Civil Veterinary Department Bihar reports 1940-50 - 1940-1950
Year: 1940
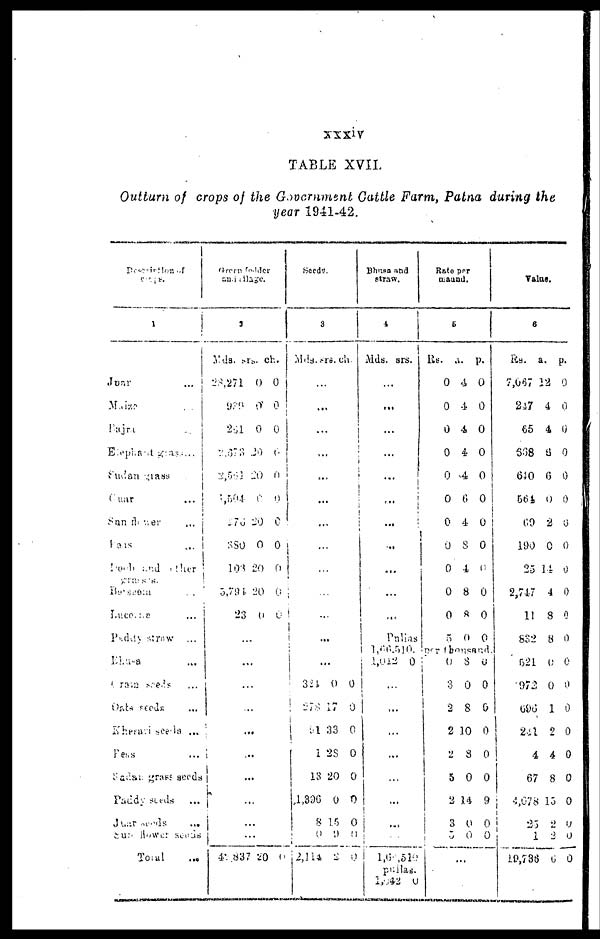
TABLE XVII.
Outturn of crops of the Government Cattle Farm, Patna during the
year 1941-42.
Description of
crops.
1
Joar
...
Maize ...
Bajra ...
Elephant
grass
...
Sudan grass
Cuar ...
Sun der ...
Peas ...
Doab and other
praesis
Baiseem ...
Lucense ...
Paddy strow
...
Bhura ...
Grain seeds ...
Oats seeds ...
Khesavi seeds ...
Peas ...
Sadan grass seeds
Paddy seeds ...
Juar seeds ...
Sun flower seeds
Total ...
Green fodder
and silage
2
Mds.
28,271
939
261
2,673
2,561
1,504
276
380
103
5,794
23
srs.
0
0
0
20
20
0
20
0
20
20
0
ch.
0
0
0
6
0
0
0
0
0
0
0
...
...
...
...
...
...
...
...
...
...
42,837 20 0
Seeds.
3
Mds. srs. ch.
...
...
...
...
...
...
...
...
...
...
...
...
...
321
...
91
1 28
13
1,396
8
0 9 0
2,114
0
33
0
20
0
15
2
0
0
0
0
0
0
Bhusa and
straw.
4
Mds. srs.
...
...
...
...
...
...
...
...
...
...
Pulias
1,66 510.
1,012 0
...
...
...
...
...
...
... ...
...
1,60, 510
pullas.
1,642 0
Rate per
maund.
5
Rs.
0
0
0
0
0
0
0
0
0
0
0
5
a.
4
4
4
4
4
6
4
8
4
8
8
0
p.
0
0
0
0
0
0
0
0
0
0
0
0
per thousand.
0
3
2
2
2
5
2
3
5
...
8
0
8
10
3
0
14
0
0
0
0
0
0
0
0
9
0
0
Value.
6
Rs.
7,067
247
65
668
640
564
69
190
25
2,747
11
832
521
972
696
241
4
67
4,078
25
1
19,736
a.
12
4
4
6
6
0
2
0
14
4
8
8
0
0
1
2
4
8
15
2
2
6
p.
0
0
0
0
0
0
0
0
0
0
0
0
0
0
0
0
0
0
0
0
0
0